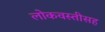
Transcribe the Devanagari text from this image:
लोकवस्तीसह